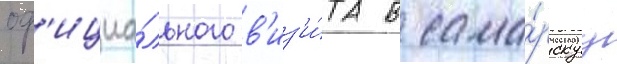
оф'ициа́льного в'из'и́та в сама́рскуу